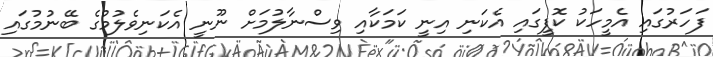
ފަހަރުގައި އެމީހަކު ކޮފީގައި އެކަނި އިނީ ކަމަކާއި ވިސްނާލުމަށް ނޫނީ އެކަނިވެލުމުގެ ބޭނުމުގައި